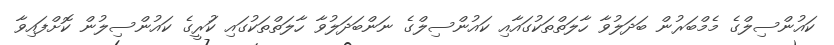
ކައުންސިލްގެ މެމްބަރުން ބަދަލުވާ ހާލަތްތަކުގައާއި ކައުންސިލްގެ ނަންބަދަލުވާ ހާލަތްތަކުގައި ކަުރީގެ ކައުންސިލުން ކޮށްފައިވާ